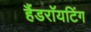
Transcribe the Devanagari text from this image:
हैंडराॅयटिंग